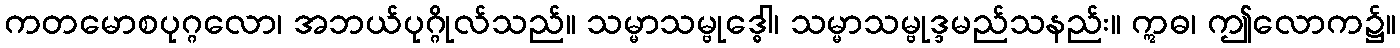
ကတမောစပုဂ္ဂလော၊ အဘယ်ပုဂ္ဂိုလ်သည်။ သမ္မာသမ္ဗုဒ္ဓေါ၊ သမ္မာသမ္ဗုဒ္ဒမည်သနည်း။ ဣဓ၊ ဤလောက၌။